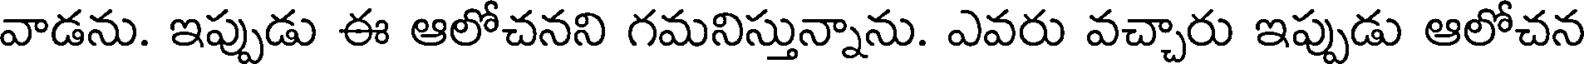
వాడను. ఇప్పుడు ఈ ఆలోచనని గమనిస్తున్నాను. ఎవరు వచ్చారు ఇప్పుడు ఆలోచన